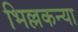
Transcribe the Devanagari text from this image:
भिल्लकन्या